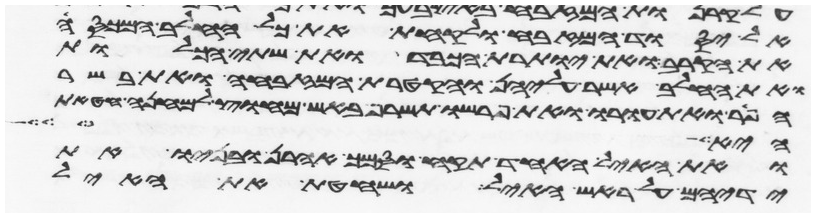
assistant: אל יסוד המזבח ולקחת את כל החלב המכסה
את הקרב ואת יותרת הכבד ואת שתי הכליות
ואת החלב אשר עליהן והקטרת המזבחה ואת בשר
הפר ואת עורו ואת פרשו תשרף באש מחוץ למחנה חטאת
היא צער
ואת האיל האחד תקח וסמך אהרן ובניו את
ידיהם על ראש האיל ושחטת את האיל